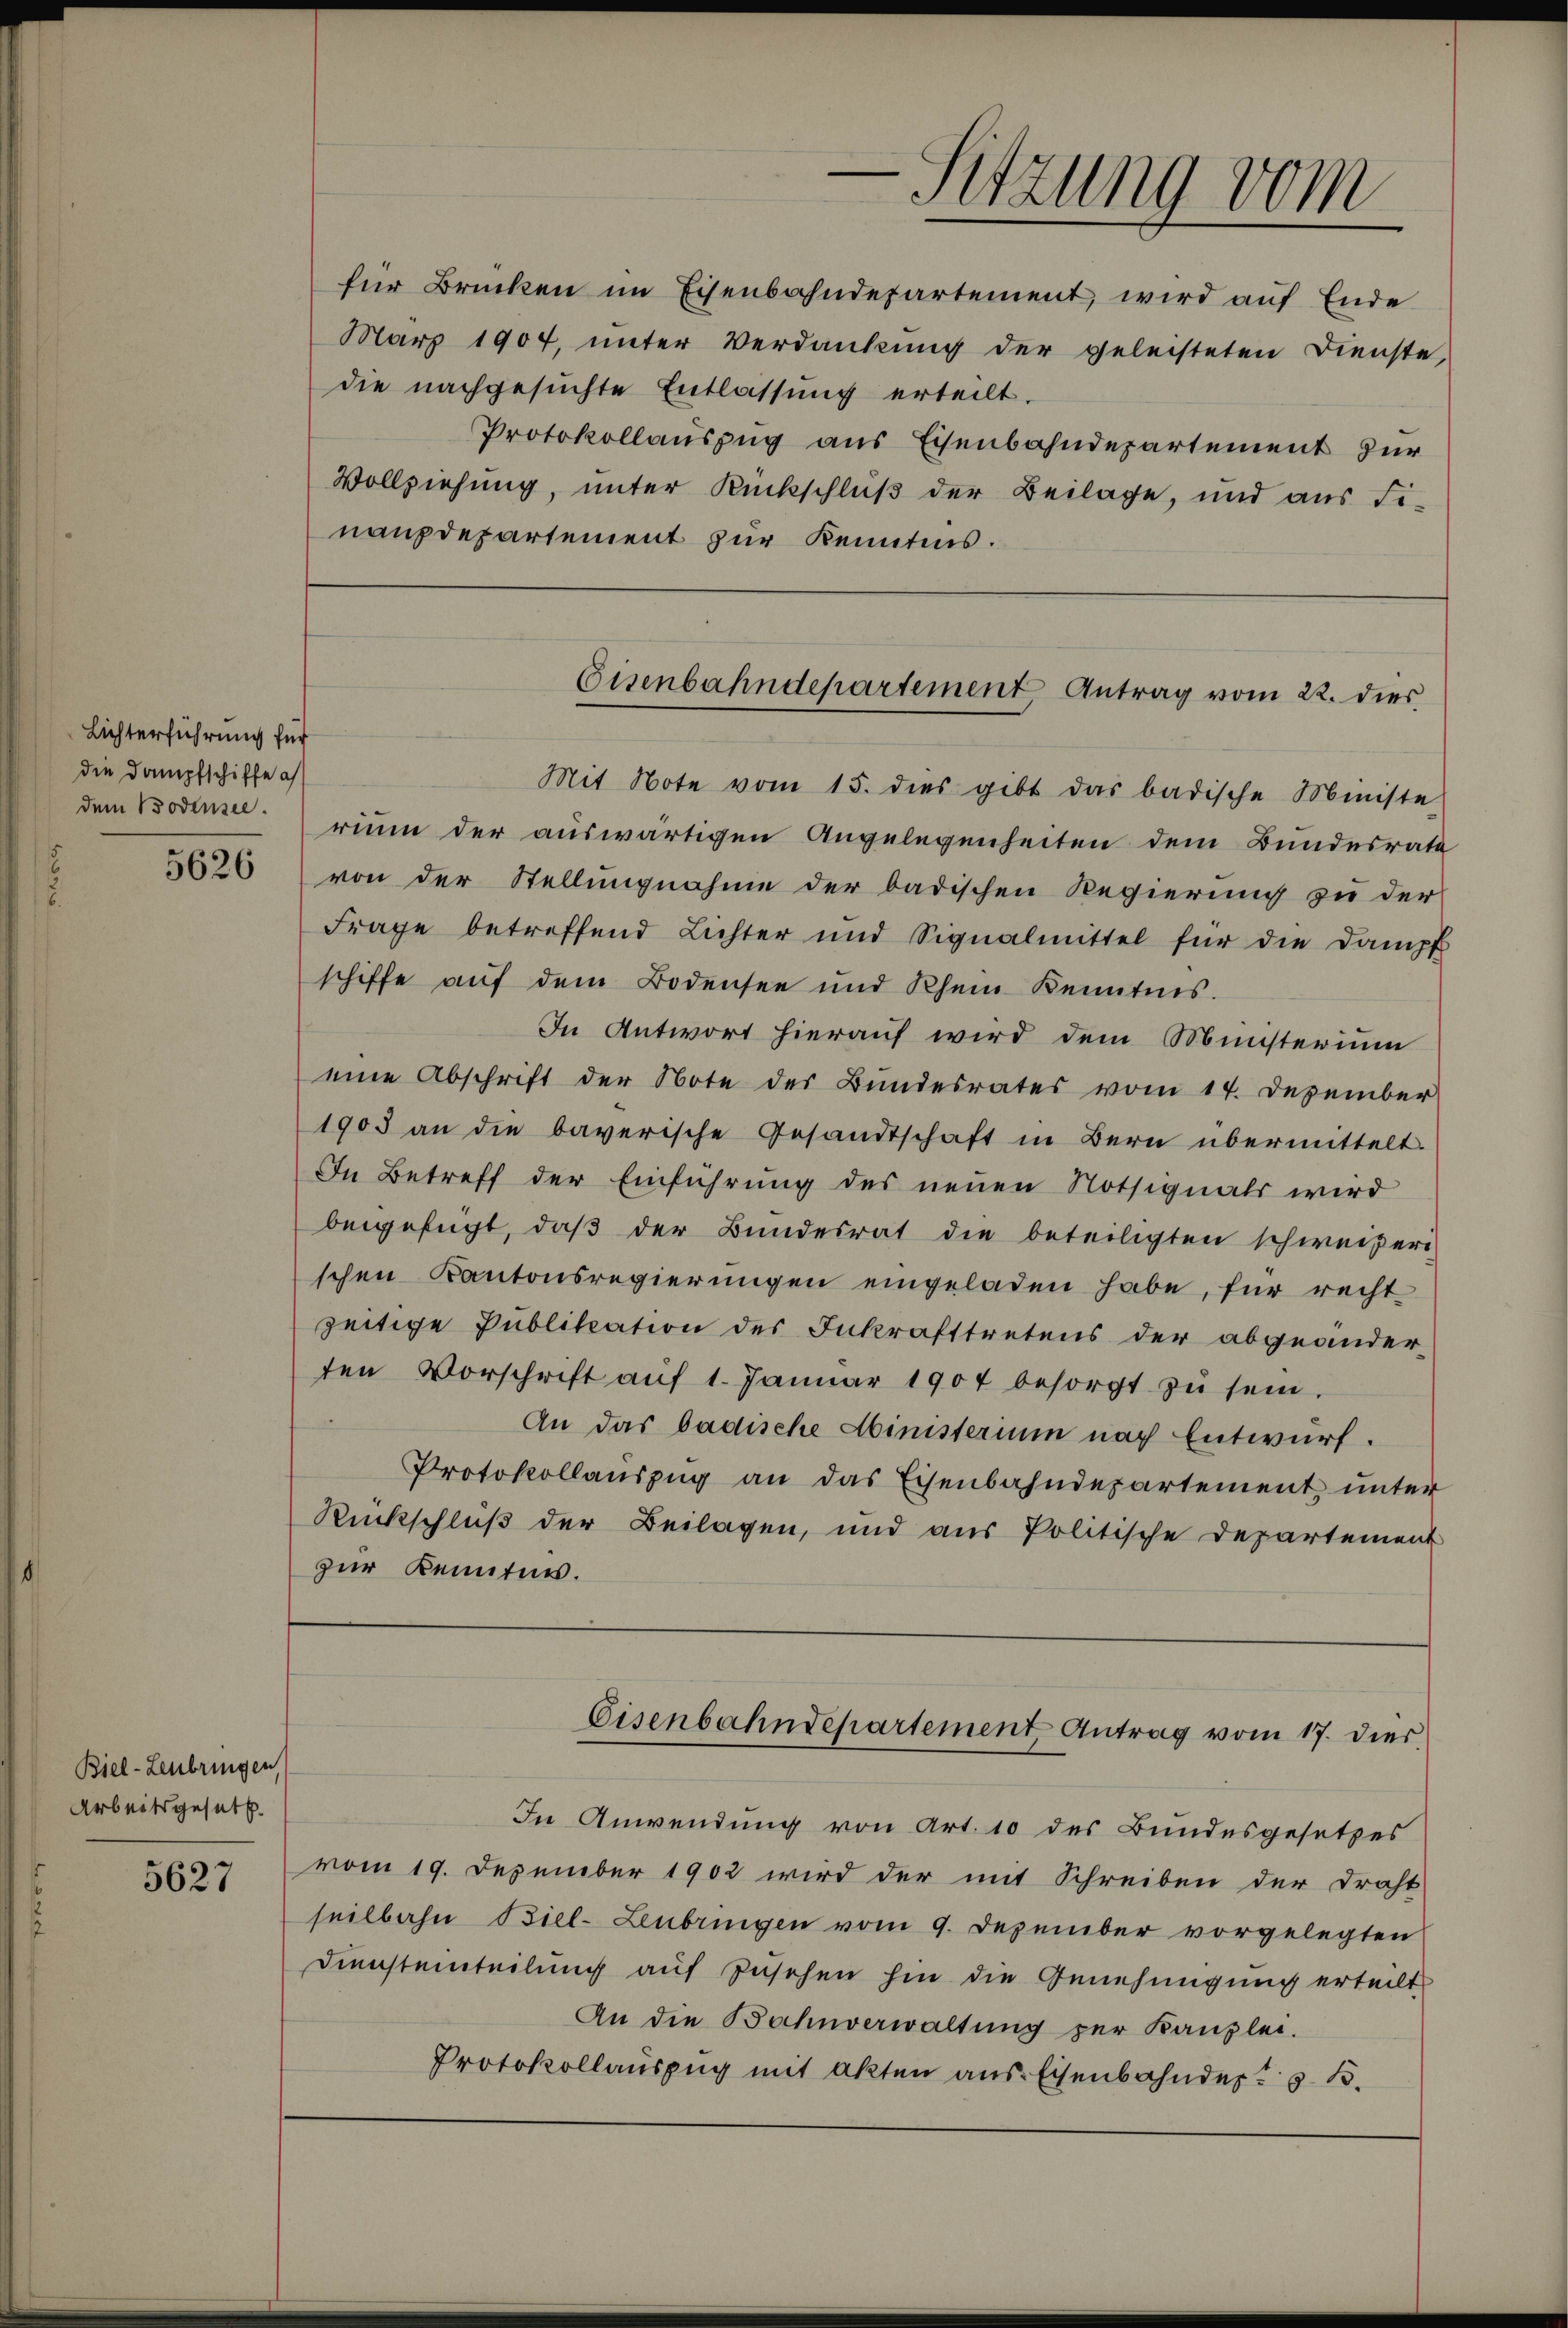
Lichterführung für
die Dampfschiffe a
dem Bodensee.

5626

Biel-Leubringen
Arbeitsgesetz

5627

für Brücken im Eisenbahndepartement, wird auf Ende
März 1907, unter Verdankung der geleisteten Dienste,
die nachgesuchte Entlassung erteilt.
Protokollauszug aus Eisenbahndepartement zur
Vollziehung, unter Rückschluß der Beilage, und aus Finanzdepartement zur Kenntnis.

Mit Note vom 15. dies gibt das badische Ministe
rium der auswärtigen Angelegenheiten dem Bundesrate
von der Stellungnahme der badischen Regierung zu der
Frage betreffend Lichter und Signalmittel für die Dampf
schiffe auf dem Bodensee und Rhein Kenntnis.
In Antwort hierauf wird dem Münsterium
eine Abschrift der Note der Bundesrates vom 14. Dezember
1905 an die bayerische Gesandtschaft in Bern übermittelt.
In Betreff der Einführung des neuen Notsignals wird
beigefügt, daß der Bundesrat die beteiligten schweizeri
schen Kantonsregierungen eingeladen habe, für recht
zeitige Publikation des Inkrafttretens der abgeänderten Vorschrift aŭf 1. Janŭar 1904 besorgt zŭ sein.
An das badische Ministerium nach Entwurf.
Protokollaŭszŭg an das Eisenbahndepartement unter
Rückschluß der Beilagen, und aus Politische Departement
zur Kenitur.
Eisenbahndepartement Antrag vom 17. dies
In Anwendung von Art. 10 des Bundesgesetzes
vom 19. Dezember 1902 wird der mit Schreiben der Draht
seilbahn Biel-Zeubringen vom 9. Dezember vorgelegten
Diensteinteilung auf Zusehen hin die Genehmigung erteilt
An die Bahnverwaltung zur Kanzlei-
Protokollauszug mit Akten aus Eisenbahnder B.

e
Sitzung vom

Eisenbahndepartement Antrag vom 22. dies